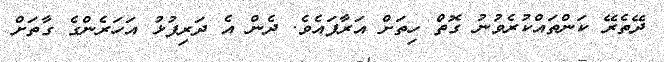
ދޭތެރޭ ކަންތައްކުރެވުނު ގޮތް ހިތަށް އަރާފައެވެ. ދެން އެ ދަރިފުޅު އަހަރެންގެ ގާތަށް